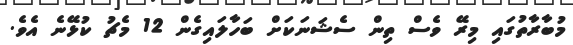
މުބާރާތުގައި މިރޭ ވެސް ތިން ސެޝަނަކަށް ބަހާލައިގެން 12 މެޗު ކުޅޭނެ އެވެ.